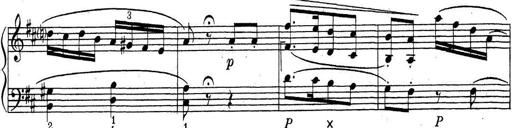
Title: ÄŒeskÃ© Sonatiny
Composer: Various